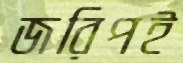
জরিপই